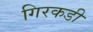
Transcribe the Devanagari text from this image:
गिरकडी